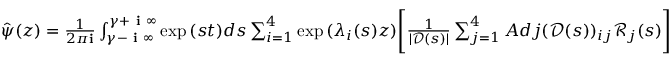
\begin{array} { r } { \hat { \psi } ( z ) = \frac { 1 } { 2 \pi \mathbf { i } } \int _ { \gamma - \textbf { i } \infty } ^ { \gamma + \textbf { i } \infty } \exp { ( s t ) } d s \sum _ { i = 1 } ^ { 4 } \exp { ( \lambda _ { i } ( s ) z ) } \Bigg [ \frac { 1 } { | \mathscr { D } ( s ) | } \sum _ { j = 1 } ^ { 4 } A d j ( \mathscr { D } ( s ) ) _ { i j } \mathscr { R } _ { j } ( s ) \Bigg ] } \end{array}